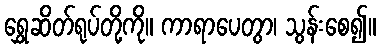
ရွှေဆိတ်ရုပ်တို့ကို။ ကာရာပေတွာ၊ သွန်းစေ၍။